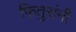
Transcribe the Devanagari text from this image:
फितुरांनी